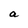
Character: a